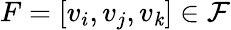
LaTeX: F=[v_{i},v_{j},v_{\mathit{k}}]\in\mathcal{{F}}